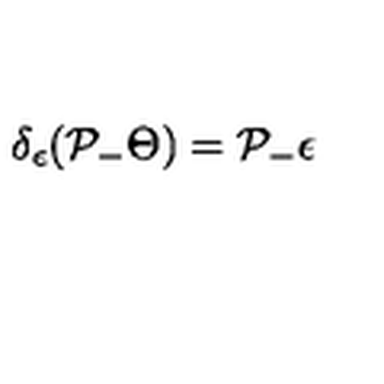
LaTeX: \delta _ { \epsilon } ( \mathcal { P } _ { - } \Theta ) = \mathcal { P } _ { - } \epsilon